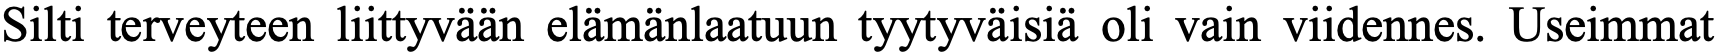
Silti terveyteen liittyvään elämänlaatuun tyytyväisiä oli vain viidennes. Useimmat